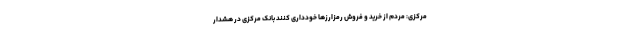
مرکزی: مردم از خرید و فروش رمزارزها خودداری کنند بانک مرکزی در هشدار